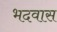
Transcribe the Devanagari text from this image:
भदवास